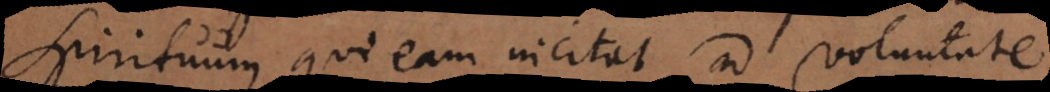
spirituum, qui eam incitat ad voluntate